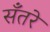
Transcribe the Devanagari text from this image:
सँतरे